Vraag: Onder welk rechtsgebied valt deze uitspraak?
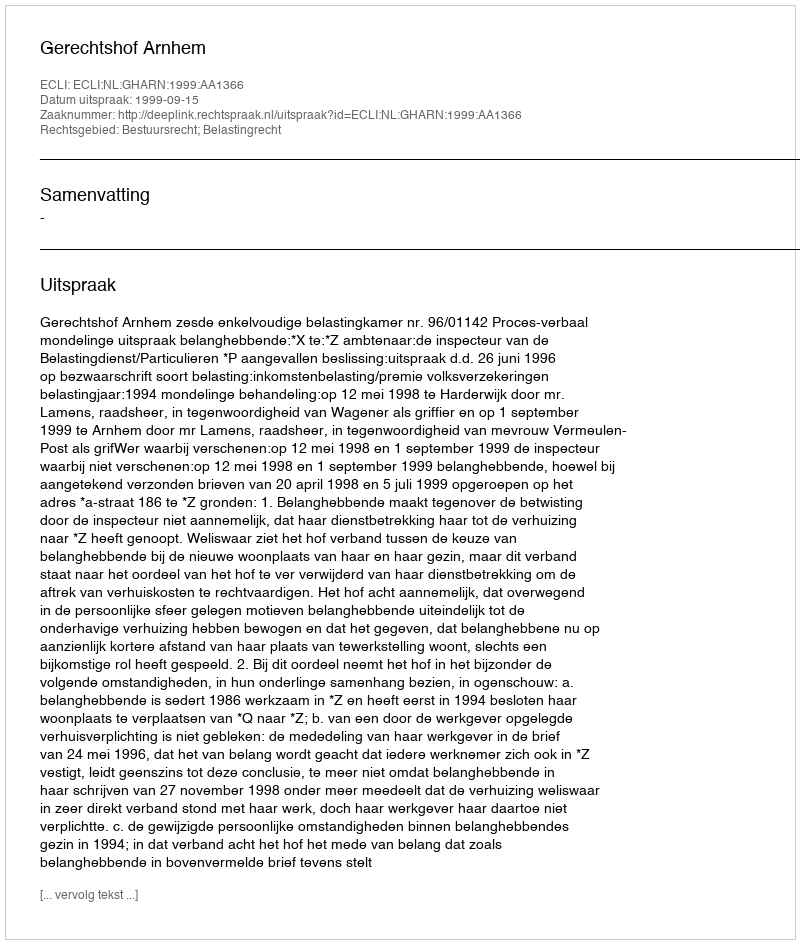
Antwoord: Bestuursrecht; Belastingrecht